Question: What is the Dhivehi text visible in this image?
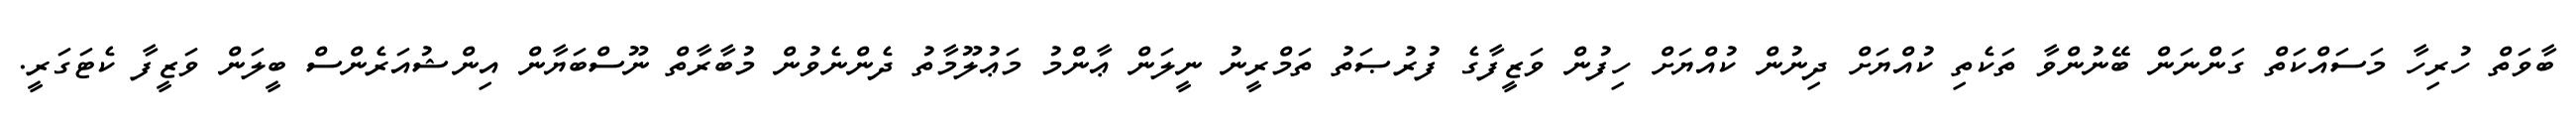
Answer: ބާވަތް ހުރިހާ މަސައްކަތް ގަންނަން ބޭނުންވާ ތަކެތި ކުއްޔަށް ދިނުން ކުއްޔަށް ހިފުން ވަޒީފާގެ ފުރުޞަތު ތަމްރީނު ނީލަން ޢާންމު މަޢުލޫމާތު ދެންނެވުން މުބާރާތް ނޫސްބަޔާން އިންޝުއަރެންސް ބީލަން ވަޒީފާ ކެޓަގަރީ.